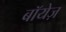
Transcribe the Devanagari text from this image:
बॉयेज़